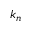
k _ { n }